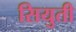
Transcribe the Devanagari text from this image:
सियुती